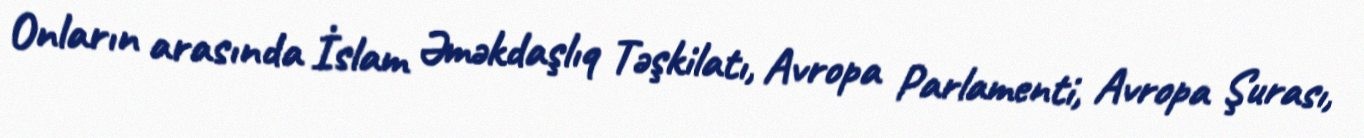
Onların arasında İslam Əməkdaşlıq Təşkilatı, Avropa Parlamenti, Avropa Şurası,